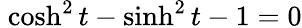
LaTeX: \; \cosh^{2}t-\sinh^{2}t-1=0